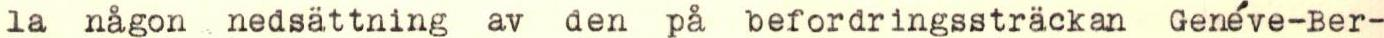
la någon nedsättning av den på befordringssträckan Genéve-Ber-